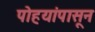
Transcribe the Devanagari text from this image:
पोहयांपासून